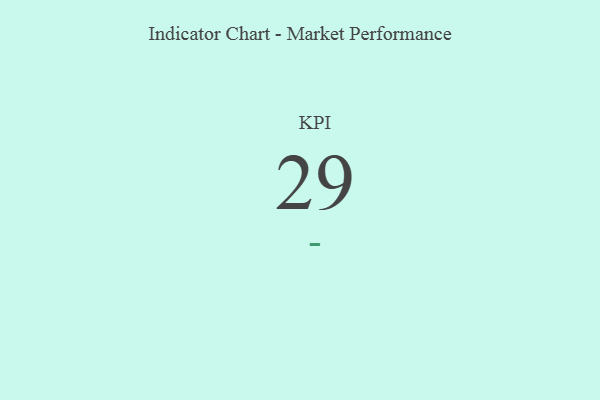
{"axis": {"x": "KPI", "y": "Value"}, "legend": [""], "data": [{"x": "KPI", "y": 29, "type": ""}]}